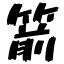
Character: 箭